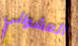
العشوائي